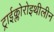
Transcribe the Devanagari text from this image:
ट्राईक्लोरोइथीलीन